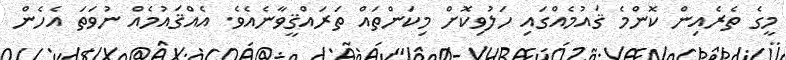
މީގެ ތެރެއިން ކޮންމެ ޤައުމެއްގައި ހަލުވިކޮށް މިކަންތައް ތަރައްޤީވާނެއެވެ. އެއްޤައުމެއް ނުވަތަ އެހެން